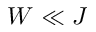
W \ll J